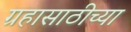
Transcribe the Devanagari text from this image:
ग्रहासाठीच्या